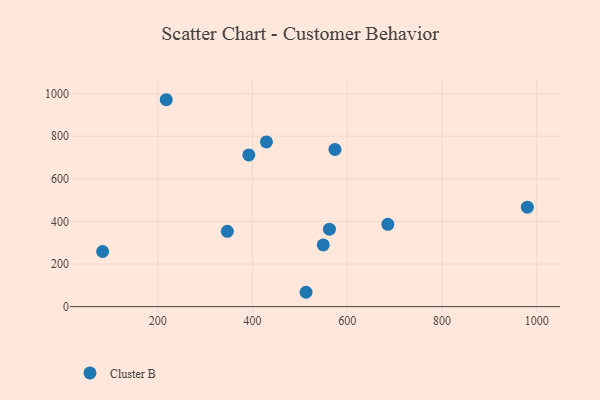
{"axis": {"x": "Investment", "y": "Fuel Efficiency"}, "legend": ["Cluster B"], "data": [{"x": "549.3", "y": 289.8, "type": "Cluster B"}, {"x": "685.7", "y": 386.1, "type": "Cluster B"}, {"x": "562.3", "y": 363.7, "type": "Cluster B"}, {"x": "574.0", "y": 737.9, "type": "Cluster B"}, {"x": "980.3", "y": 466.9, "type": "Cluster B"}, {"x": "429.3", "y": 772.9, "type": "Cluster B"}, {"x": "346.8", "y": 353.4, "type": "Cluster B"}, {"x": "83.4", "y": 258.8, "type": "Cluster B"}, {"x": "512.9", "y": 67.4, "type": "Cluster B"}, {"x": "217.7", "y": 971.1, "type": "Cluster B"}, {"x": "392.1", "y": 712.1, "type": "Cluster B"}]}